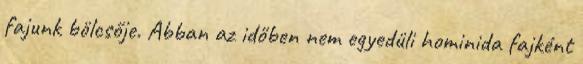
fajunk bölcsője. Abban az időben nem egyedüli hominida fajként